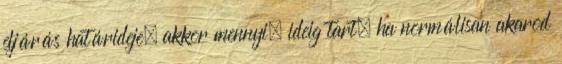
eljárás határideje, akkor mennyi, ideig tart, ha normálisan akarod